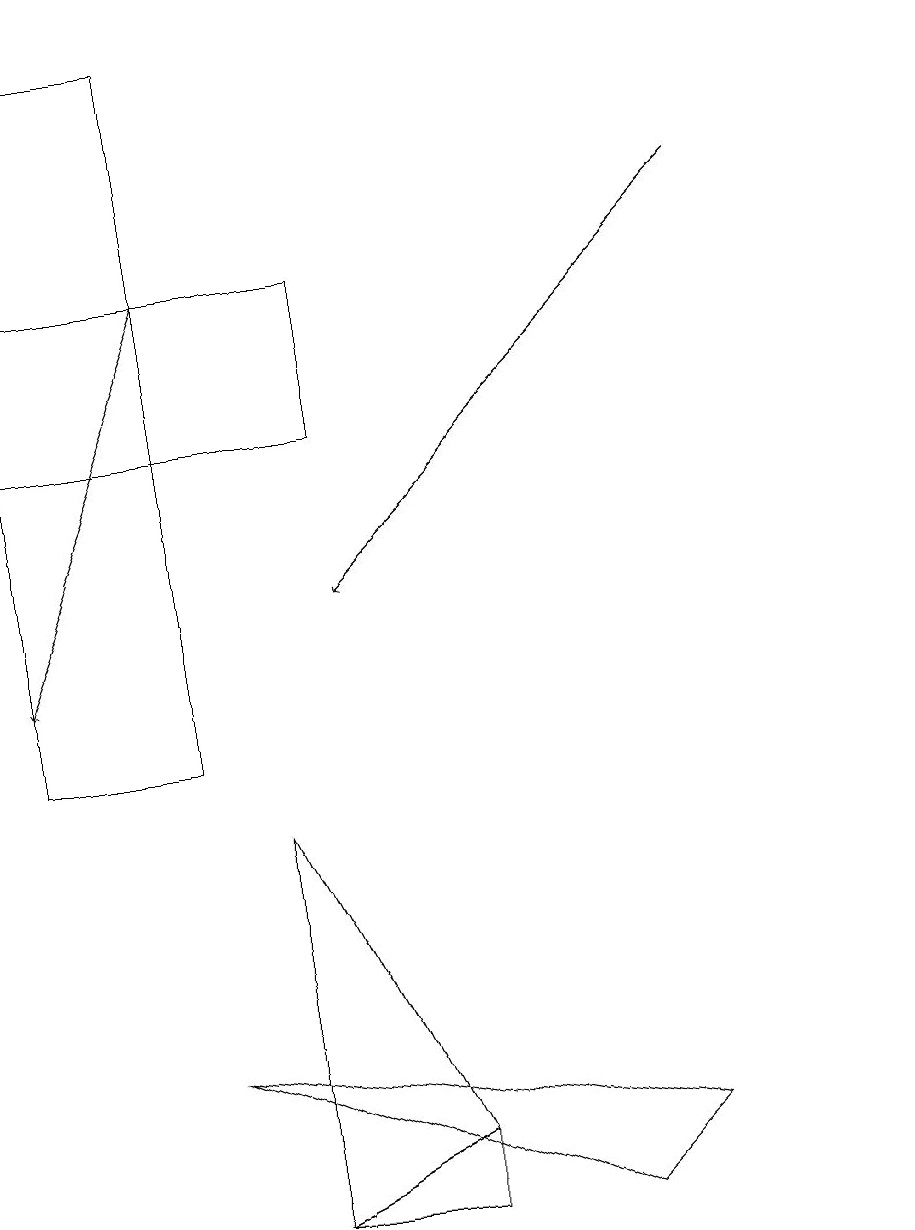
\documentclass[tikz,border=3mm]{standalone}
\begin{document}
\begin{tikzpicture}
\draw (3,9) -- (3,4) -- (5,5) -- cycle;
\draw (0,14) rectangle (4,16);
\draw[->] (9,17) -- (4,12);
\draw (11,11) circle (0);
\draw (2,6) -- (8,5) -- (7,4) -- cycle;
\draw (5,4) -- (3,4) -- (5,5) -- cycle;
\draw (0,10) rectangle (2,19);
\draw[->] (2,16) -- (0,11);
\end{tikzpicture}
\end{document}